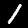
Label: 1